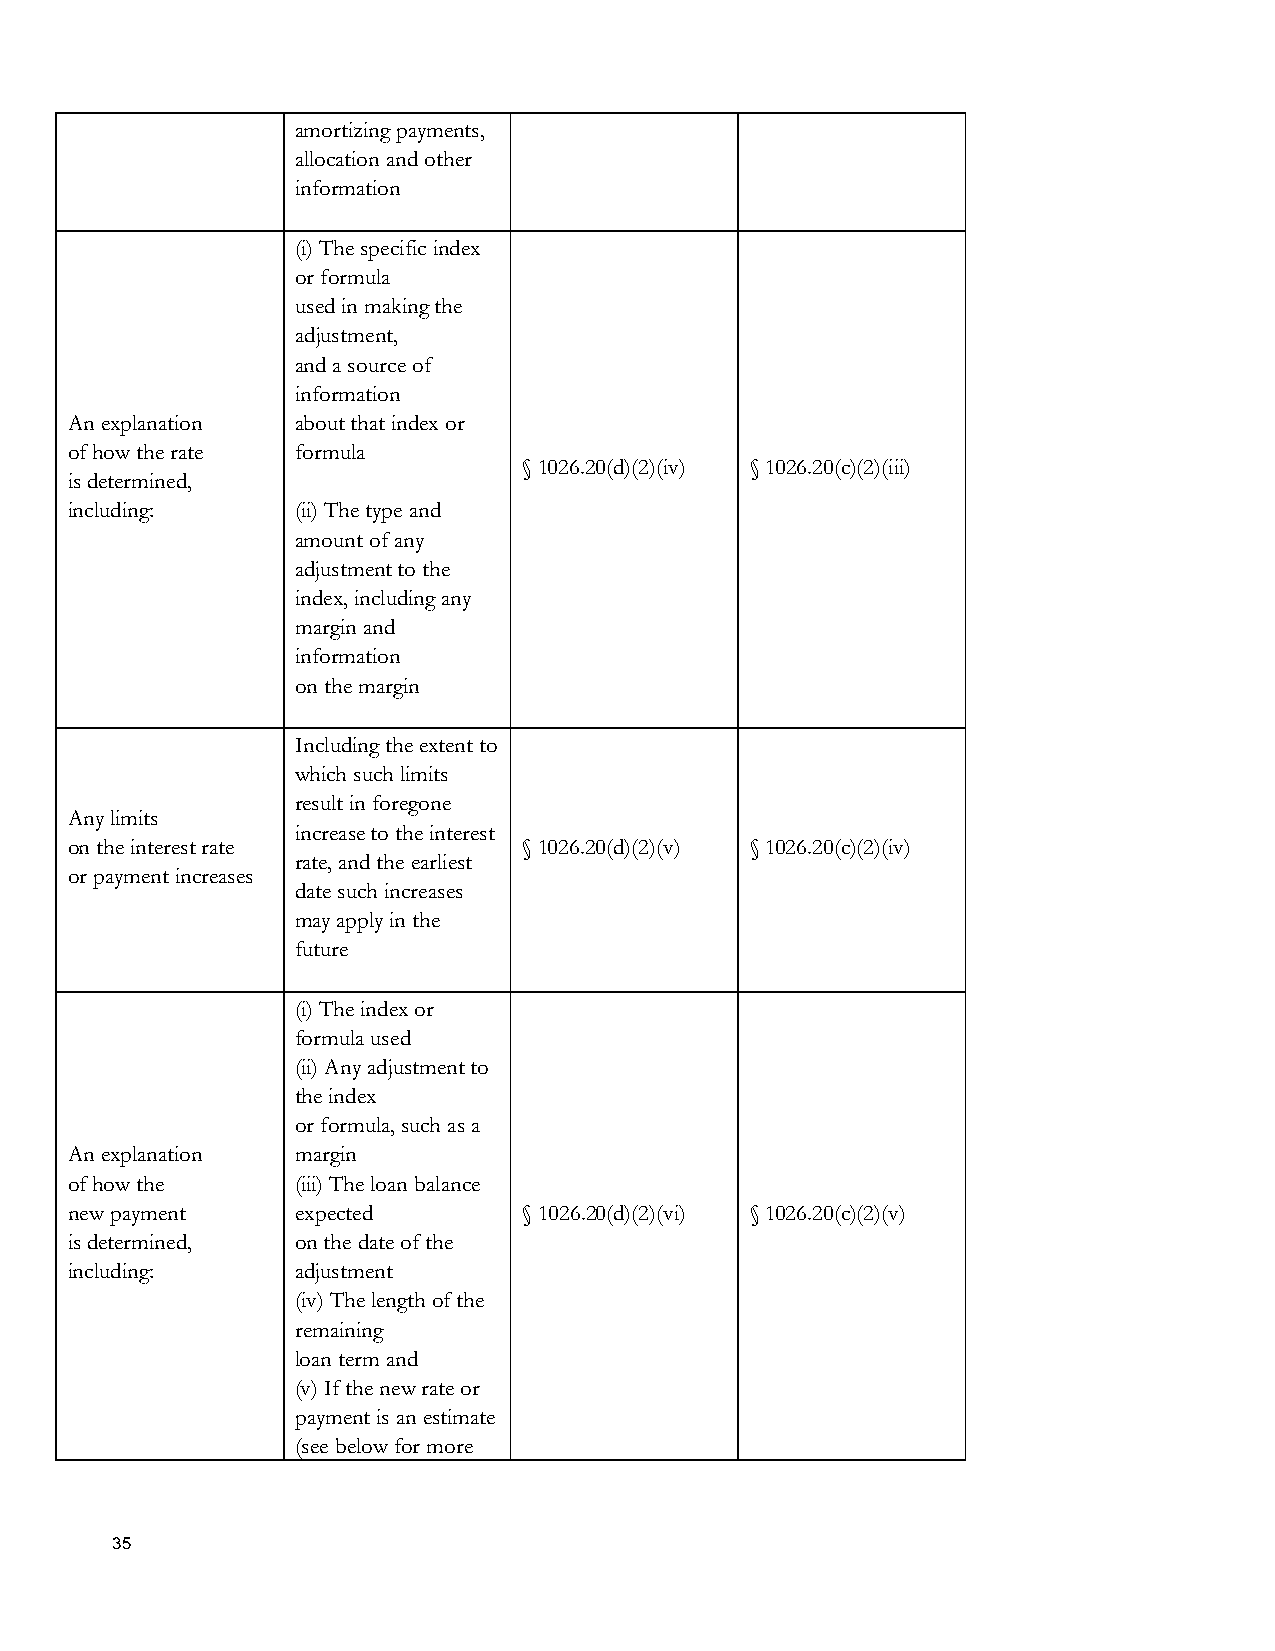
amortizing payments,
 allocation and other
 information
 (i) The specific index
 or formula
 used in making the
 adjustment,
 and a source of
 information
 An explanation  about that index or
 of how the rate formula
 § 1026.20(d)(2)(iv) § 1026.20(c)(2)(iii)
 is determined,
 including:      (ii) The type and
 amount of any
 adjustment to the
 index, including any
 margin and
 information
 on the margin
 Including the extent to
 which such limits
 result in foregone
 Any limits
 increase to the interest
 on the interest rate           § 1026.20(d)(2)(v) § 1026.20(c)(2)(iv)
 rate, and the earliest
 or payment increases
 date such increases
 may apply in the
 future
 (i) The index or
 formula used
 (ii) Any adjustment to
 the index
 or formula, such as a
 An explanation  margin
 of how the      (iii) The loan balance
 new payment     expected       § 1026.20(d)(2)(vi) § 1026.20(c)(2)(v)
 is determined,  on the date of the
 including:      adjustment
 (iv) The length of the
 remaining
 loan term and
 (v) If the new rate or
 payment is an estimate
 (see below for more
 35